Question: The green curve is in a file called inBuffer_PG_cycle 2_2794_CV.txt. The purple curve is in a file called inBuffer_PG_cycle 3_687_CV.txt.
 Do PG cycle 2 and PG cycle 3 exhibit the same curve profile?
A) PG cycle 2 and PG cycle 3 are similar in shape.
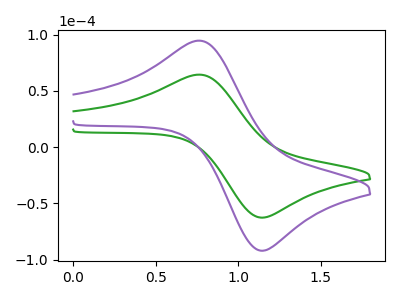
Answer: <think>The green curve "PG cycle 2" has an anodic peak at (0.75V, 64.35uA) and a cathodic peak at (1.15V, -62.70uA). The purple curve "PG cycle 3" has an anodic peak at (0.75V, 94.55uA) and a cathodic peak at (1.15V, -92.10uA).
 All the peaks in "PG cycle 2" have a peak in "PG cycle 3" at the same potential. Every peak in "PG cycle 2" is lower than every peak in "PG cycle 3".</think>
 <answer>A) "PG cycle 2" and "PG cycle 3" are similar in shape.</answer>
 <eval>A</eval>